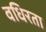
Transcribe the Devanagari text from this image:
वधिरता